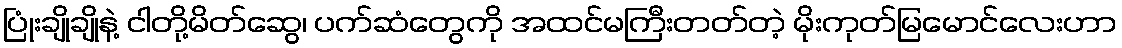
ပြုံးချိုချိုနဲ့ ငါတို့မိတ်ဆွေ၊ ပက်ဆံတွေကို အထင်မကြီးတတ်တဲ့ မိုးကုတ်မြမောင်လေးဟာ